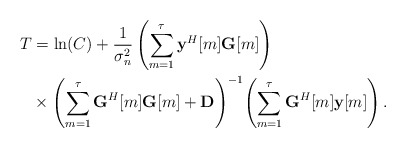
\begin{align*} T &= \ln(C)+\frac{1}{\sigma_n^2}\left(\sum_{m=1}^{\tau}\textbf{y}^H[m]\textbf{G}[m]\right)\\ &\times \left(\sum_{m=1}^{\tau}\textbf{G}^H[m]\textbf{G}[m]+ \textbf{D}\right)^{-1}\!\left(\sum_{m=1}^{\tau}\textbf{G}^H[m]\textbf{y}[m]\right). \end{align*}